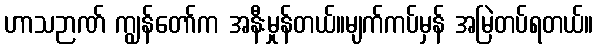
ဟာသဉာဏ် ကျွန်တော်က အနီးမှုန်တယ်။မျက်ကပ်မှန် အမြဲတပ်ရတယ်။